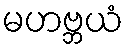
မဟဗ္ဘယံ